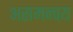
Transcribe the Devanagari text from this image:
असमन्वय